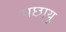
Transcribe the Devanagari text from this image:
पछायू